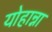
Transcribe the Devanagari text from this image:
योहान्ना